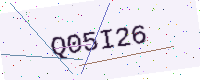
Text: Q05I26